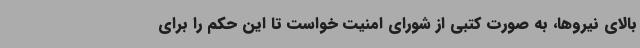
بالای نیروها، به صورت کتبی از شورای امنیت خواست تا این حکم را برای